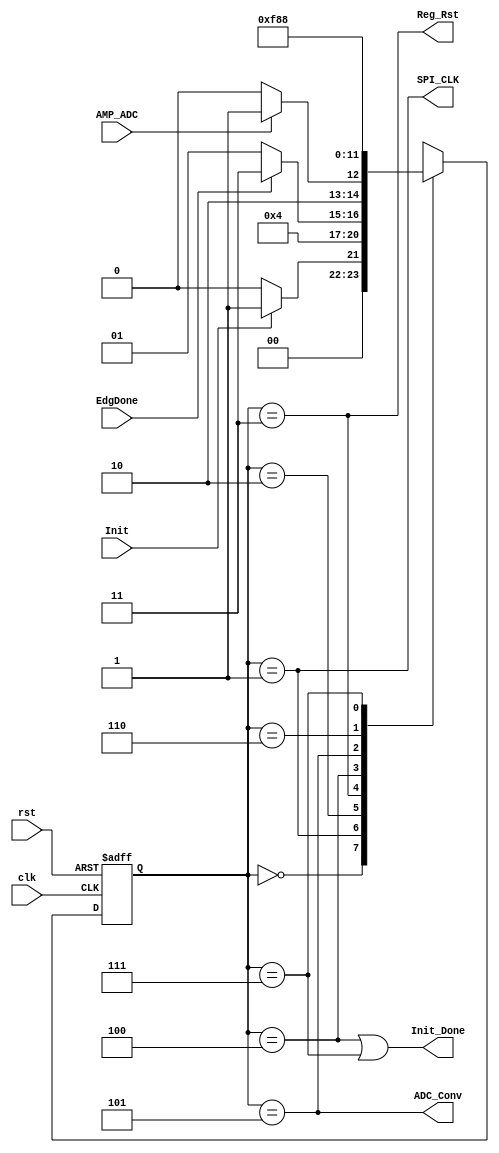
`timescale 1ns / 1ps



module FSMFLancos(rst, clk, Init, EdgDone, AMP_ADC, ADC_Conv, SPI_CLK, Init_Done, Reg_Rst);

//Maquina que genera la senal que genera flancos de reloj para el SPI por medio del SPI_CLK_ADC
//Ademas, controla el resto de dispositivos en esta seccion, que en conjunto generan las senales MISO y MOSI
//El esquema completo se puede encontrar en el siguiente link
//https://www.dropbox.com/s/ljfnm4hckegulnm/Control%20SPI%20-%20ControlFlancosMaquinaDiagrama%28CFM%29.jpeg

input rst,clk, Init, EdgDone, AMP_ADC;
output ADC_Conv, SPI_CLK, Init_Done, Reg_Rst;

parameter[2:0] 

	S0 = 3'b000,
	S1 = 3'b001,
	S2 = 3'b010,
	S3 = 3'b011,
	S4 = 3'b100,
	S5 = 3'b101,
	S6 = 3'b110,
	S7 = 3'b111;


reg [2:0] E_Presente, E_Siguiente;

//Logica Combinacional de entrada a la secuencial.

assign ADC_Conv = (E_Presente == S5);
assign SPI_CLK = (E_Presente == S1);
//assign Init_Done = (E_Presente == S4)||(E_Siguiente == S4);
assign Init_Done = (E_Presente == S4)||(E_Presente==S7);
assign Reg_Rst = (E_Presente == S3);

//Logica Secuencial de la Maquina
always @(posedge clk, posedge rst)
	if (rst)
		E_Presente <= S0;
	else
		E_Presente <= E_Siguiente;
	
always @*
	begin
		case (E_Presente)
			S0: begin
					if (Init)
						E_Siguiente <= S1;
					else
						E_Siguiente <= S0;
				end
			S1: begin
					E_Siguiente <= S2;
				end
			S2: begin
					if (EdgDone)
							E_Siguiente <= S3;
					else
							E_Siguiente <= S1;
				end
			S3: begin
					if (AMP_ADC)
							E_Siguiente <= S5;
					else
							E_Siguiente <= S4;
				 end
			S4: begin
					E_Siguiente <= S7;
				end
			S5: begin
					E_Siguiente <= S6;
				end
			S6: begin
					E_Siguiente <= S1;
				end
			S7: begin
					E_Siguiente <= S0;
				end
		endcase
	end


endmodule